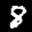
Label: 8